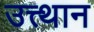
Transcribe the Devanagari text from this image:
उत्त्थान